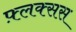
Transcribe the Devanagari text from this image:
फ़्लक्सस